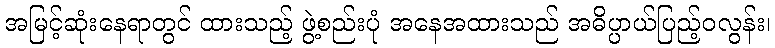
အမြင့်ဆုံးနေရာတွင် ထားသည့် ဖွဲ့စည်းပုံ အနေအထားသည် အဓိပ္ပာယ်ပြည့်ဝလွန်း၊